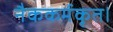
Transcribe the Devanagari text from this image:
नैककर्मकृत।